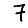
Digit: 7